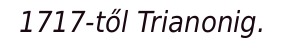
1717-től Trianonig.